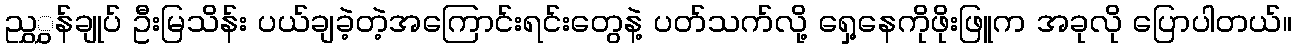
ညွှွှန်ချုပ် ဦးမြသိန်း ပယ်ချခဲ့တဲ့အကြောင်းရင်းတွေနဲ့ ပတ်သက်လို့ ရှေ့နေကိုဖိုးဖြူက အခုလို ပြောပါတယ်။